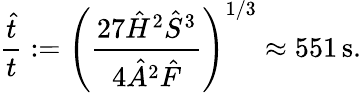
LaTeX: \frac{\hat{t}}{t}:=\left(\frac{27\hat{H}^{2}\hat{S}^{3}}{4\hat{A}^{2}\hat{F}}\right)^{1/3}\approx 551\, \mathrm{s}.